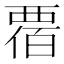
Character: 𧟸